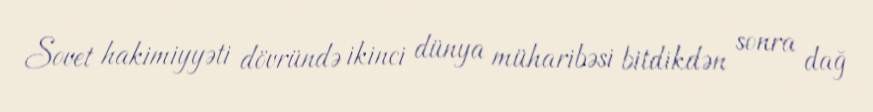
Sovet hakimiyyəti dövründə ikinci dünya müharibəsi bitdikdən sonra dağ